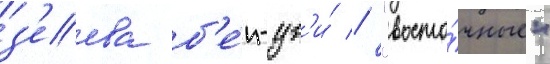
з'еева б'е́н-цв'и́ // "восто́чные"